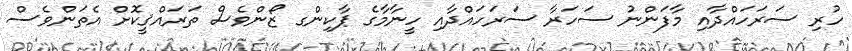
ހުރި ސަރަހައްދާއި މާފަންނު ސަހަރާ ސަރަހައްދާއި ހީނާމާގެ ޕާކިންގ ޒޯންވެސް ތަރައްޤީކޮށް އެތަންވެސް